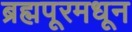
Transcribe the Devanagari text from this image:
ब्रह्मपूरमधून